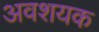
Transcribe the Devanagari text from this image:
अवशयक